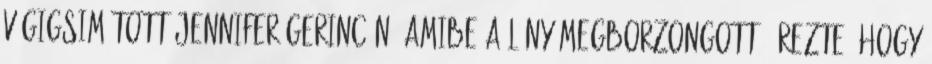
végigsimított Jennifer gerincén, amibe a lány megborzongott. Érezte, hogy